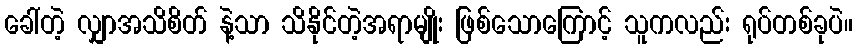
ခေါ်တဲ့ လျှာအသိစိတ် နဲ့သာ သိနိုင်တဲ့အရာမျိုး ဖြစ်သောကြောင့် သူကလည်း ရုပ်တစ်ခုပဲ။